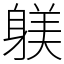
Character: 躾